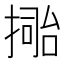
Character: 𢲚